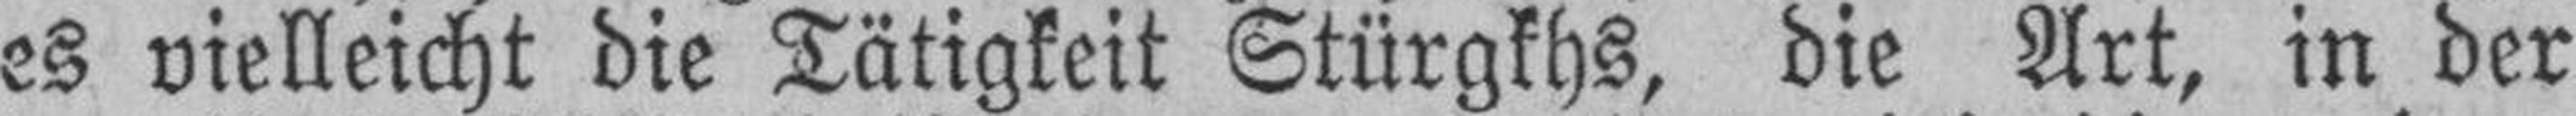
es vielleicht die Tätigkeit Stürgkhs, die Art, in der